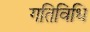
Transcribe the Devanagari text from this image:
गतिविधि